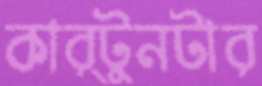
কার্টুনটার